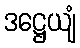
ဒဋ္ဌေယျံ